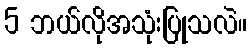
5 ဘယ်လိုအသုံးပြုသလဲ။